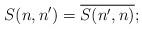
LaTeX: \begin{align*} S(n,n')=\overline{S(n',n)}; \end{align*}